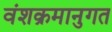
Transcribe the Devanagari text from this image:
वंशक्रमानुगत